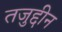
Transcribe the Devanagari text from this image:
तजुद्दीन